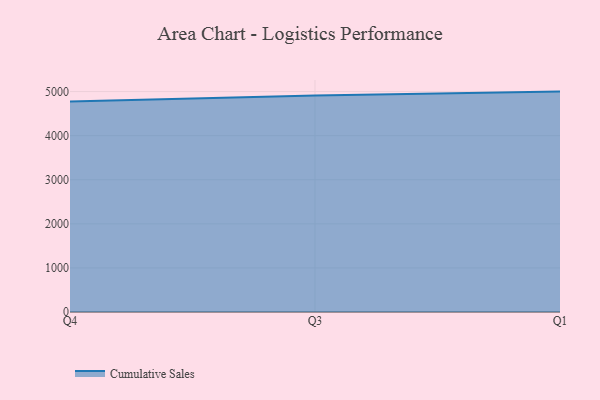
{"axis": {"x": "Quarter", "y": "Revenue (USD Million)"}, "legend": ["Cumulative Sales"], "data": [{"x": "Q4", "y": 4775.5, "type": "Cumulative Sales"}, {"x": "Q3", "y": 4912.0, "type": "Cumulative Sales"}, {"x": "Q1", "y": 5000, "type": "Cumulative Sales"}]}